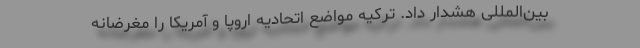
بین‌المللی هشدار داد. ترکیه مواضع اتحادیه اروپا و آمریکا را مغرضانه